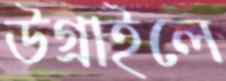
উগ্‌রাইলে